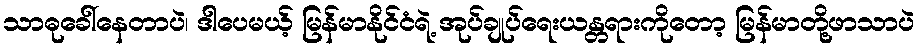
သာဓုခေါ်နေတာပဲ၊ ဒါပေမယ့် မြန်မာနိုင်ငံရဲ့ အုပ်ချုပ်ရေးယန္တရားကိုတော့ မြန်မာတို့ဖာသာပဲ